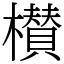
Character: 櫕